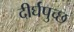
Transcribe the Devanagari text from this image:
दीर्घपुच्छ